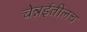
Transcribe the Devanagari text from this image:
चेन्नईतीलच